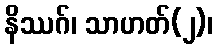
နိဿဂ်၊ သာဟတ်(၂)၊